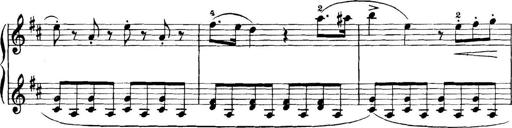
Title: 11 Sonatinas
Composer: Anton Diabelli